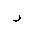
Letter: _ra